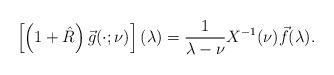
LaTeX: \begin{align*}\left[\left(1+\hat R\right)\vec g(\cdot;\nu)\right] (\lambda)= \frac{1}{\lambda-\nu}X^{-1}(\nu) \vec f(\lambda).\end{align*}